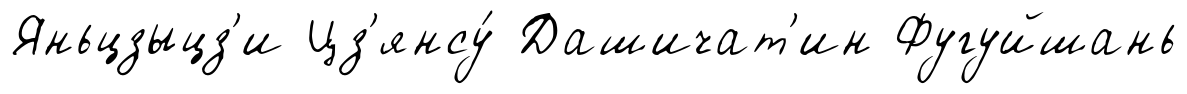
Яньцзыцз'и Цз'янсу́ Дашичат'ин Фугуйшань